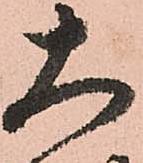
大